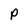
Character: P